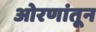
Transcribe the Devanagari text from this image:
ओरणांतून